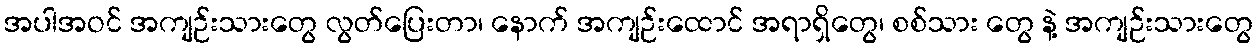
အပါအဝင် အကျဉ်းသားတွေ လွတ်ပြေးတာ၊ နောက် အကျဉ်းထောင် အရာရှိတွေ၊ စစ်သား တွေ နဲ့ အကျဉ်းသားတွေ